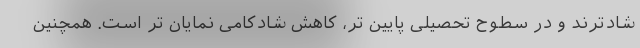
شادترند و در سطوح تحصیلی پایین تر، کاهش شادکامی نمایان تر است. همچنین